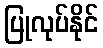
ပြုလုပ်နိုင်